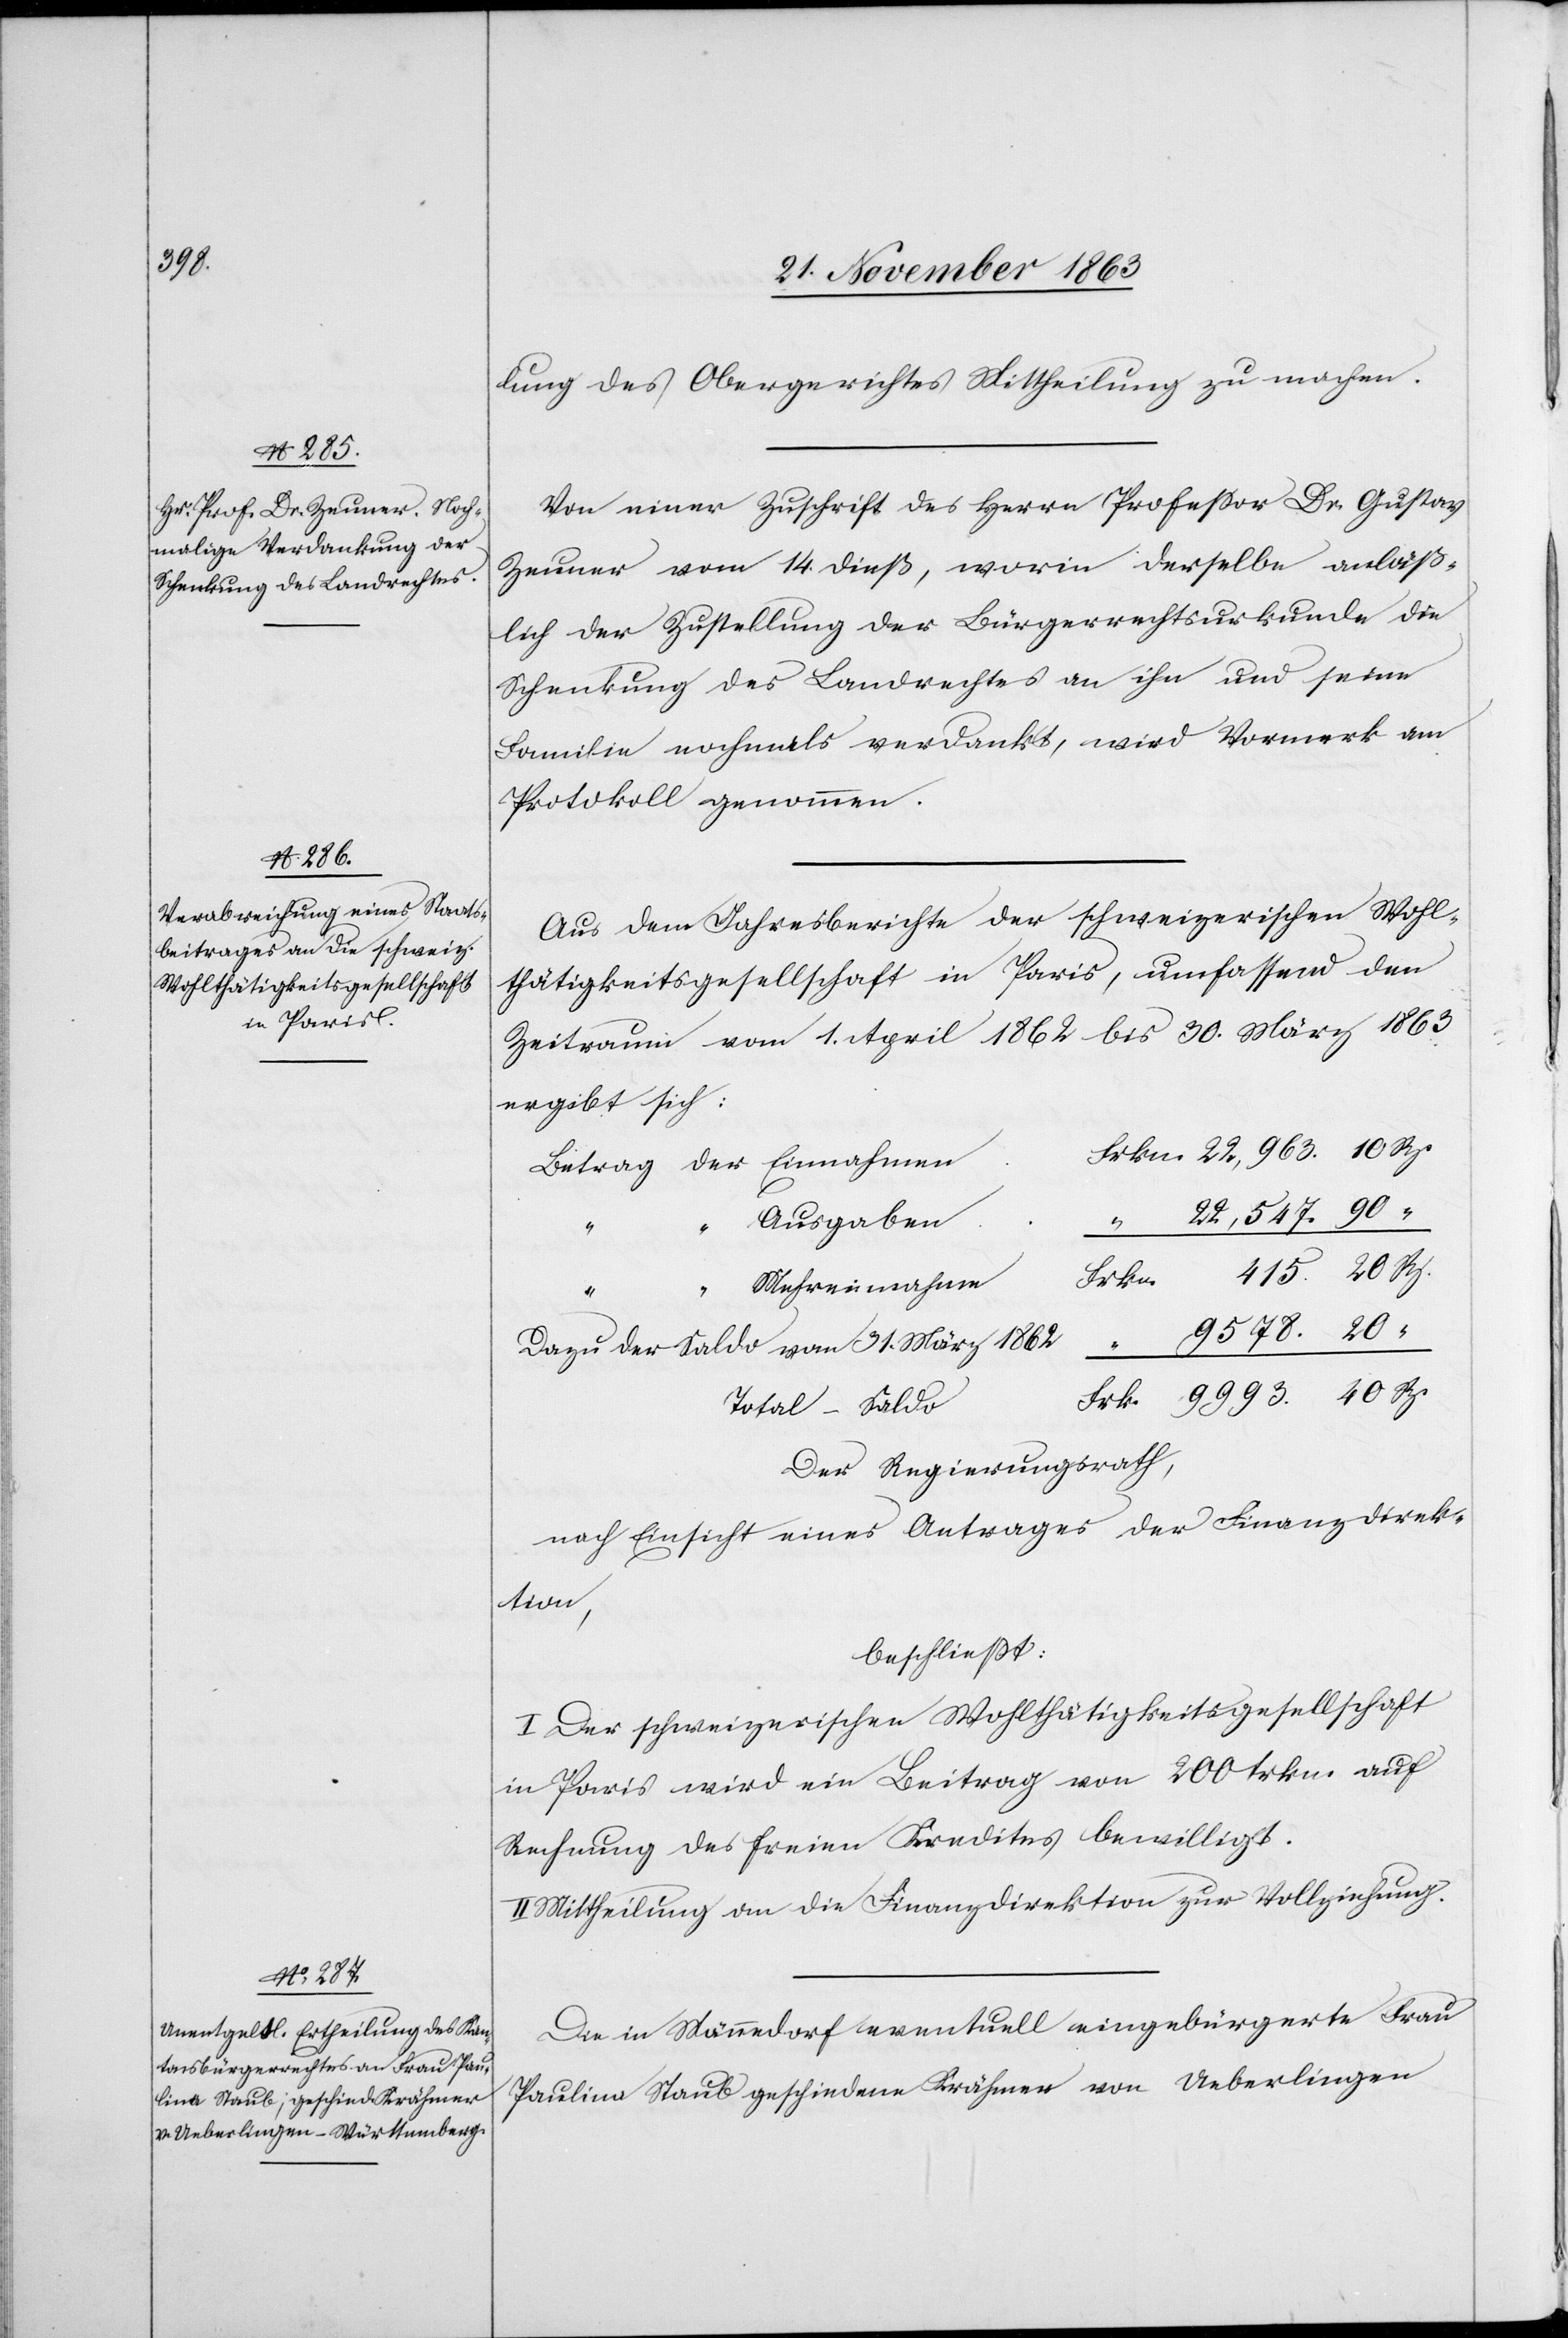
lung des Obergerichtes Mittheilung zu machen.
Von einer Zuschrift des Herrn Professor Dr. Gustav
Zeuner vom 14. dieß, worin derselbe anläß¬
lich der Zustellung der Bürgerrechtsurkunde die
Schenkung des Landrechtes an ihn und seine
Familie nochmals verdankt, wird Vormerk am
Protokoll genommen.
Aus dem Jahresberichte der schweizerischen Wohl¬
thätigkeitsgesellschaft in Paris, umfassend den
Zeitraum vom 1. April 1862 bis 30. März 1863
ergibt sich:
n	Frkn. 22,963. 10 Rp.
Betrag der Einnahme¬
22,547. 90
“
415. 20 Rp.
Frkn.
9578. 20
Dazu der Saldo vom 31. März 1862
o	Frk.	 9993. 40 Rp.
Total-Sald¬
Der Regierungsrath,
nach Einsicht eines Antrages der Finanzdirek¬
tion,
beschließt:
I. Der schweizerischen Wohlthätigkeitsgesellschaft
in Paris wird ein Beitrag von 200 frkn. auf
Rechnung des freien Kredites bewilligt.
Mittheilung an die Finanzdirektion zur Vollziehung.
Die in Männedorf eventuell eingebürgerte Frau
Paulina Staub geschiedene Krähmer von Ueberlingen